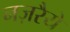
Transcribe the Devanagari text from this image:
नज़रैये